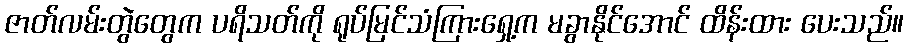
ဇာတ်လမ်းတွဲတွေက ပရိသတ်ကို ရုပ်မြင်သံကြားရှေ့က မခွာနိုင်အောင် ထိန်းထား ပေးသည်။